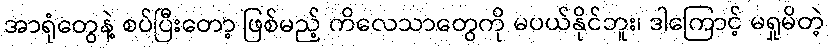
အာရုံတွေနဲ့ စပ်ပြီးတော့ ဖြစ်မည့် ကိလေသာတွေကို မပယ်နိုင်ဘူး၊ ဒါကြောင့် မရှုမိတဲ့